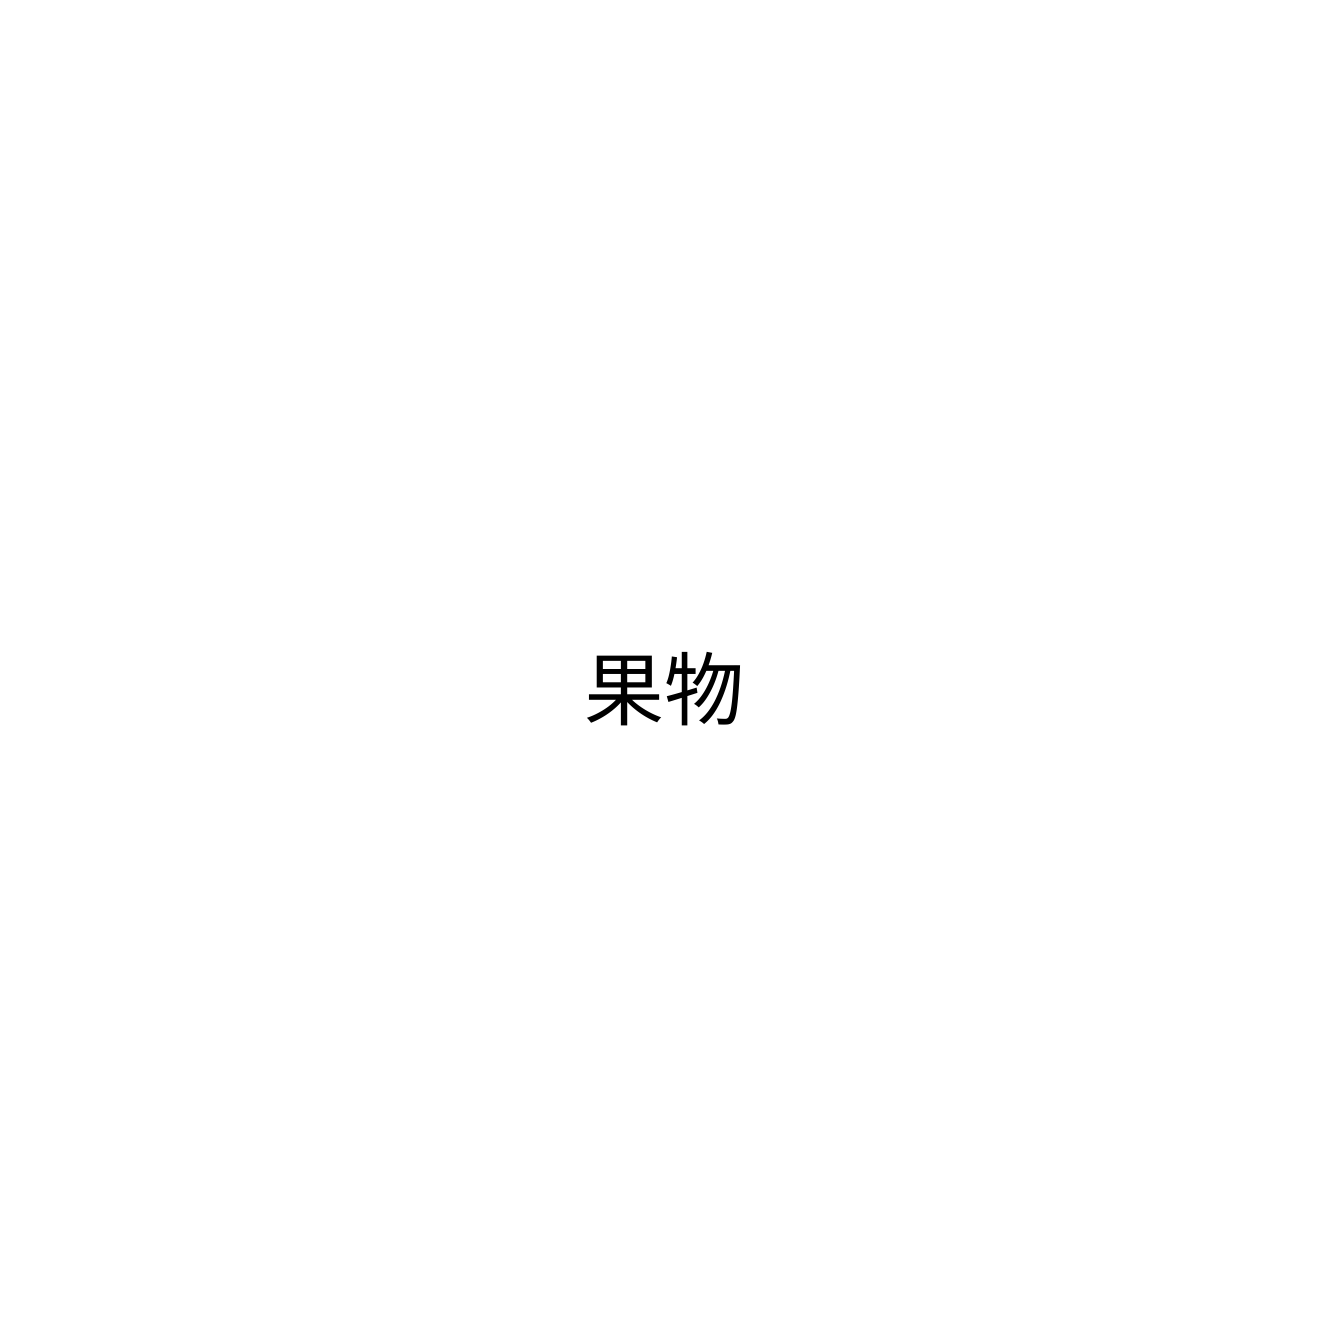
果物